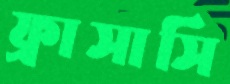
ফ্রাসাসি